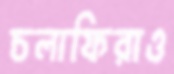
চলাফিরাও